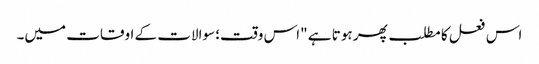
اس فعل کا مطلب پھر ہوتا ہے "اس وقت؛ سوالات کے اوقات میں۔